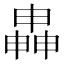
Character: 𬏍